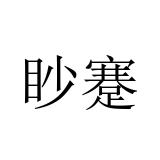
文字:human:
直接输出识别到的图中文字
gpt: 眇蹇